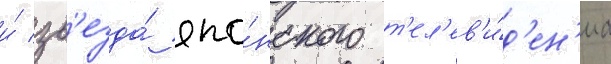
и́ зв'езда́ япо́нского т'ел'ев'и́д'ен'иа